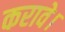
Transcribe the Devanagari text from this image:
करावे।